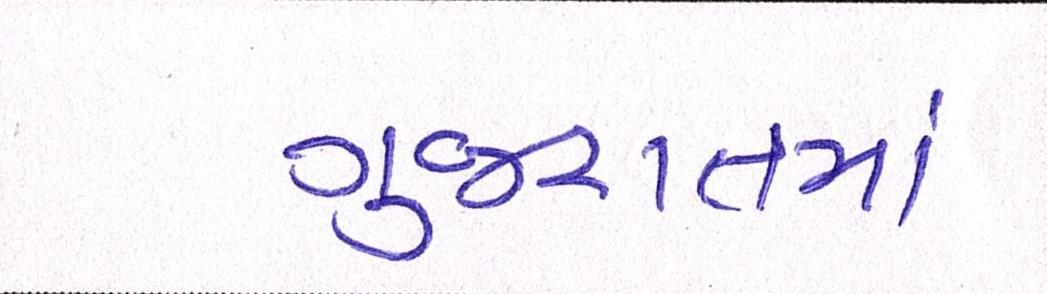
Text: ગુજરાતમાં